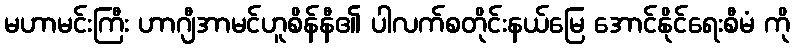
မဟာမင်းကြီး ဟာဂျီအာမင်ဟူစိန်နီ၏ ပါလက်စတိုင်းနယ်မြေ အောင်နိုင်ရေးစီမံ ကို